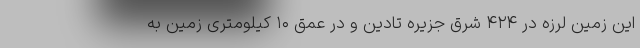
این زمین لرزه در ۴۲۴ شرق جزیره تادین و در عمق ۱۰ کیلومتری زمین به